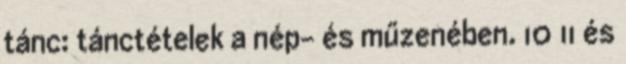
tánc: tánctételek a nép- és műzenében. 10 11 és